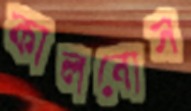
কালবোস